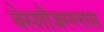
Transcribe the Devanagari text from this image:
बेस्शीज़रग्लास